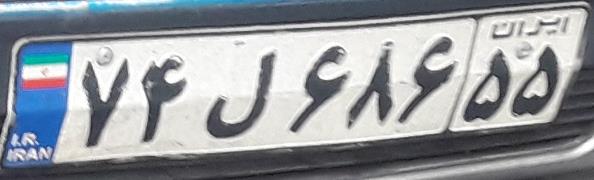
۷۴ل۶۸۶۵۵